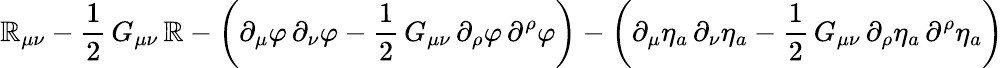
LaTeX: \mathbb{R}_{\mu\nu}-\frac{{1}}{{2}}\, G_{\mu\nu}\, {\cal\mathbb{R}}-\left(\partial_{\mu}\varphi\, \partial_{\nu}\varphi-\frac{{1}}{{2}}\, G_{\mu\nu}\, \partial_{\rho}\varphi\, \partial^{\rho}\varphi\right)-\left(\partial_{\mu}\eta_{a}\, \partial_{\nu}\eta_{a}-\frac{{1}}{{2}}\, G_{\mu\nu}\, \partial_{\rho}\eta_{a}\, \partial^{\rho}\eta_{a}\right)